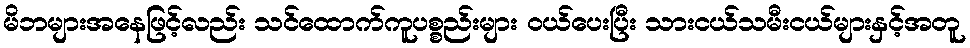
မိဘများအနေဖြင့်လည်း သင်ထောက်ကူပစ္စည်းများ ဝယ်ပေးပြီး သားငယ်သမီးငယ်များနှင့်အတူ